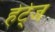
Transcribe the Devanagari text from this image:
हेर्ट्ज